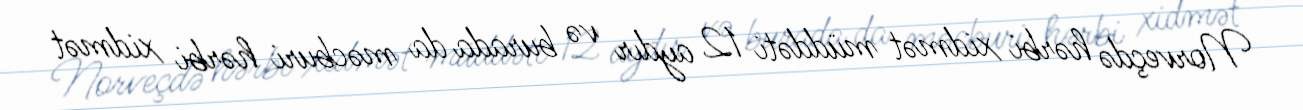
Norveçdə hərbi xidmət müddəti 12 aydır və burada da məcburi hərbi xidmət